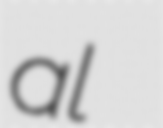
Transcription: ʃaʁl